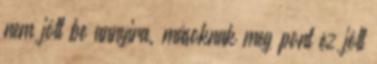
nem jött be annyira. másoknak meg pont ez jött